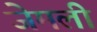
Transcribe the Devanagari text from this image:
जेमली